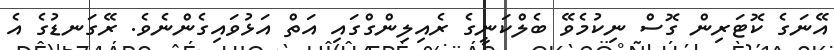
އޭނަގެ ކޮޓަރިން ގޮސް ނިކުމެވޭ ބެލްކަނީގެ ރެއިލިންގްގައި އަތް އަޅުވައިގެންނެވެ. ރޭގަނޑުގެ އެ